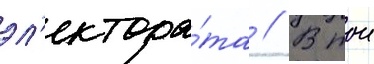
эл'ектора́та // В тои